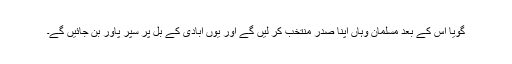
گویا اُس کے بعد مسلمان وہاں اپنا صدر منتخب کر لیں گے اور یوں آبادی کے بل پر سپر پاور بن جائیں گے۔